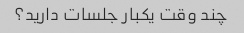
چند وقت یکبار جلسات دارید؟